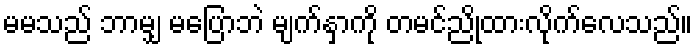
မမသည် ဘာမျှ မပြောဘဲ မျက်နှာကို တမင်ညိုထားလိုက်လေသည်။